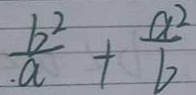
\frac { b ^ { 2 } } { a } + \frac { a ^ { 2 } } { b }